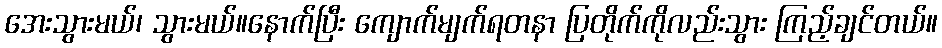
အေးသွားမယ်၊ သွားမယ်။နောက်ပြီး ကျောက်မျက်ရတနာ ပြတိုက်ကိုလည်းသွား ကြည့်ချင်တယ်။